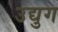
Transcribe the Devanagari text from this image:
उद्युग